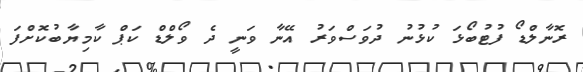
ރޮނާލްޑޯ ފުޓުބޯޅަ ކުޅުނު ދުވަސްވަރު އޭނާ ވަނީ ދެ ވޯލްޑް ކަޕް ކާމިޔާބުކޮށްފަ